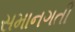
સમાનગતી